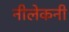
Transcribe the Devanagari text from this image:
नीलेकनी